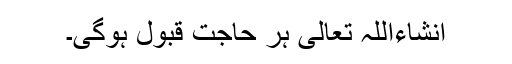
انشاءاللہ تعالٰی ہر حاجت قبول ہوگی۔